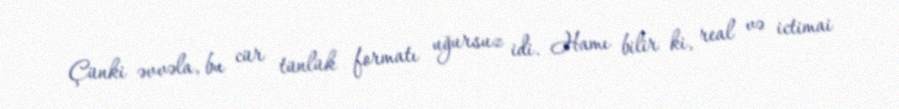
Çünki əvvəla, bu cür tünlük formatı uğursuz idi. Hamı bilir ki, real və ictimai